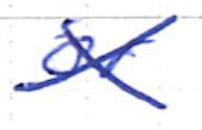
Text: or
Cross-out: cross
Writing tool: ballpoint